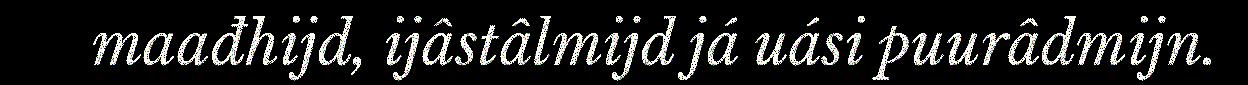
maađhijd, ijâstâlmijd já uási puurâdmijn.